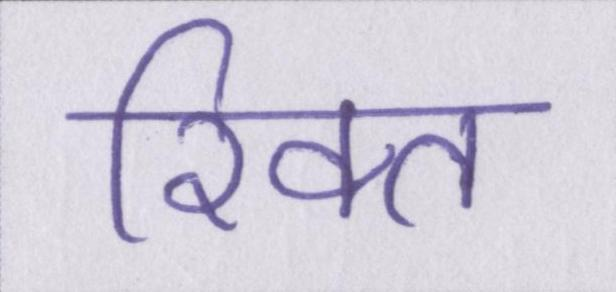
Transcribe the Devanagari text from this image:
रिक्त